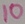
Text: 10